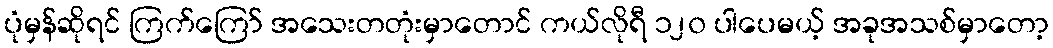
ပုံမှန်ဆိုရင် ကြက်ကြော် အသေးတတုံးမှာတောင် ကယ်လိုရီ ၁၂၀ ပါပေမယ့် အခုအသစ်မှာတော့